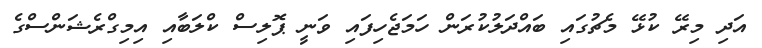
އަދި މިރޭ ކުޅޭ މެޗުގައި ބައްދަލުކުރަން ހަމަޖެހިފައި ވަނީ ޕޮލިސް ކްލަބާއި އިމިގްރެޝަންސްގެ